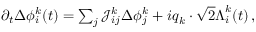
\begin{array} { r } { \partial _ { t } \Delta \phi _ { i } ^ { k } ( t ) = \sum _ { j } \mathcal { J } _ { i j } ^ { k } \Delta { \phi } _ { j } ^ { k } + i \boldsymbol { q } _ { k } \cdot \sqrt { 2 } \boldsymbol { \Lambda } _ { i } ^ { k } ( t ) \, , } \end{array}